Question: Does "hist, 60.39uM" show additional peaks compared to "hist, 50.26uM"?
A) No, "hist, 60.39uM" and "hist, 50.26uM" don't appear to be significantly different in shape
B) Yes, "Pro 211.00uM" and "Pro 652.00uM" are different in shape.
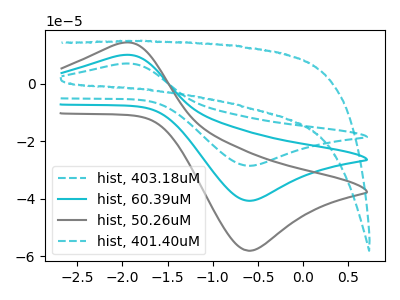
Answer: <think>The cyan dashed curve "hist, 403.18uM" has an anodic peak at (-2.00V, 20.00uA) and a cathodic peak at (-0.60V, -81.35uA). The cyan curve "hist, 60.39uM" has an anodic peak at (-2.00V, 10.00uA) and a cathodic peak at (-0.60V, -40.70uA). The gray curve "hist, 50.26uM" has an anodic peak at (-2.00V, 14.25uA) and a cathodic peak at (-0.60V, -58.05uA). The cyan dashed curve "hist, 401.40uM" has no peaks.
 All the peaks in "hist, 60.39uM" have a peak in "hist, 50.26uM" at the same potential. Every peak in "hist, 60.39uM" is lower than every peak in "hist, 50.26uM".</think>
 <answer>A) No, "hist, 60.39uM" and "hist, 50.26uM" don't appear to be significantly different in shape</answer>
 <eval>A</eval>